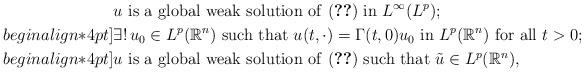
LaTeX: \begin{align*}&u \mbox{ is a global weak solution of \eqref{eq1} in } L^\infty(L^p) ;\\begin{align*}4pt]&\exists !\,u_0\in L^p({\mathbb{R}}^n) \mbox{ such that }u(t,\cdot)=\Gamma(t,0)u_0\mbox{ in }L^p({\mathbb{R}}^n)\mbox{ for all }t>0 ;\\begin{align*}4pt]&u \mbox{ is a global weak solution of \eqref{eq1} such that }\tilde u\in L^p({\mathbb{R}}^n), \end{align*}